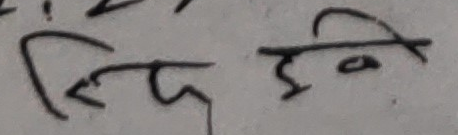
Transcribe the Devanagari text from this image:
त्यही ह्वा